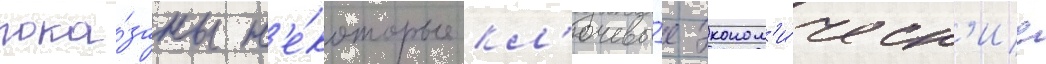
пока́заны н'е́которые кл'ючевы́е эконом'и́ческ'ие